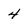
Character: 4